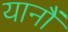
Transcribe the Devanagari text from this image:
यानौं